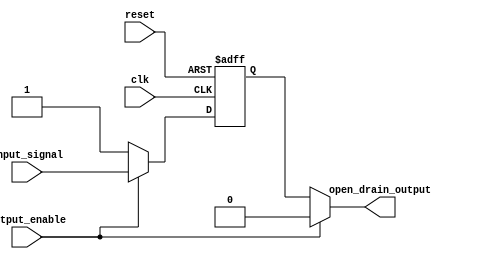
module open_drain_buffer (
    input wire clk,
    input wire reset,
    input wire output_enable,
    input wire input_signal,
    output wire open_drain_output
);

reg internal_signal;

always @ (posedge clk or posedge reset)
begin
    if (reset) begin
        internal_signal <= 1'b1;
    end else begin
        if (output_enable) begin
            internal_signal <= input_signal;
        end else begin
            internal_signal <= 1'b1;
        end
    end
end

assign open_drain_output = (output_enable) ? 1'b0 : internal_signal;

endmodule